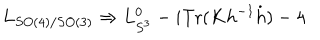
LaTeX: L _ { S O ( 4 ) / S O ( 3 ) } \Rightarrow L _ { S ^ { 3 } } ^ { 0 } - i \mathrm { T r } ( K h ^ { - 1 } \dot { h } ) - 4